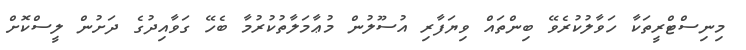
މިނިސްޓްރީތަކާ ހަވާލުކުރެވޭ ބިންތައް ވިޔަފާރި އުސޫލުން މުޢާމަލާތުކުރުމާ ބެހޭ ގަވާއިދުގެ ދަށުން ލީސްކޮށް